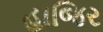
હાજિર